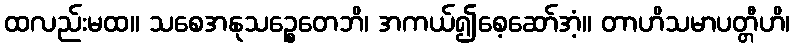
ထလည်းမထ။ သစေအနုသဉ္စေတေဘိ၊ အကယ်၍စေ့ဆော်အံ့။ တာဟိသမာပတ္တီဟိ၊